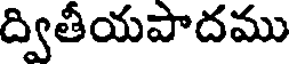
ద్వితీయపాదము